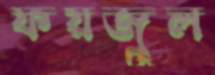
ফয়জুল